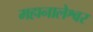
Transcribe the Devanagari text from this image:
महानालेश्वर